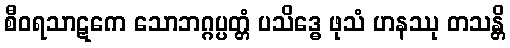
စီဝရသာဋကေ သောဘဂ္ဂပ္ပတ္တံ ပသိဒ္ဓေ ဖုသံ ဟနဿု တသန္တိ